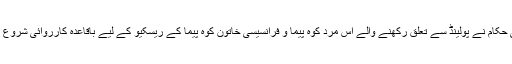
پاکستانی حکام نے پولينڈ سے تعلق رکھنے والے اس مرد کوہ پيما و فرانسيسی خاتون کوہ پيما کے ريسکيو کے ليے باقاعدہ کارروائی شروع کی تھی۔